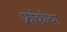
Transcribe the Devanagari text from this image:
फ्रांकोचा